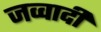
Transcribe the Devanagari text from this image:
जव्वादी